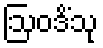
ဩဝဒိံသု